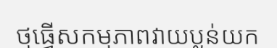
ថ្មធ្វើសកម្មភាពវាយប្លន់យក